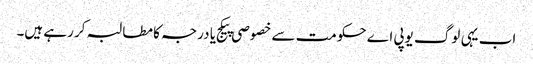
اب یہی لوگ یوپی اے حکومت سے خصوصی پیکج یا درجہ کا مطالبہ کر رہے ہیں۔